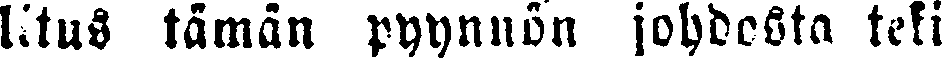
litus tämän pyynnön johdosta teki